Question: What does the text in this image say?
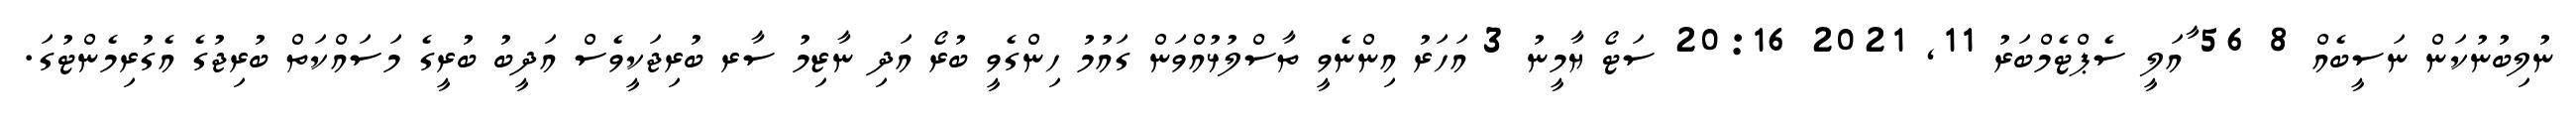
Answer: ނުލިބުނުކަން ނަސީބެއް 8 56 ާއަލީ ސެޕްޓެމްބަރު 11, 2021 20:16 ސަޓޯ ޔާމީނު 3 އަހަރު އިންނެވީ ތާސްލުޅުއްވަން ގައުމު ހިންގެވީ ބުރޯ އަދި ނާޒިމު ސާރ ބުރިޖަކީވެސް އަދީބު ބުރީގެ މަސައްކަތް ބުރިޖުގެ އެގުރިމެންޓުގަ.